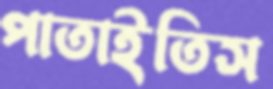
পাতাইতিস